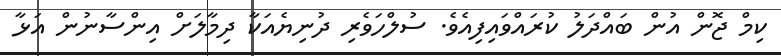
ކިމް ޖޮން އުން ބައްދަލު ކުރައްވައިފިއެވެ. ސުލްހަވެރި ދުނިޔެއަކާ ދިމާލަށް އިންސާނުން އަޅާ